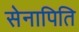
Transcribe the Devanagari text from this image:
सेनापिति